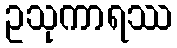
ဥသုကာရဿ